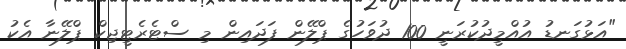
"އަޅުގަނޑު އުއްމީދުކުރަނީ 100 ދުވަހުގެ ޕްލޭން ފަދައިން މި ސްޓެރެޓީޖިކް ޕްލޭނާ އެކު